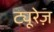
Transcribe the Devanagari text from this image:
ट्यूरेज़